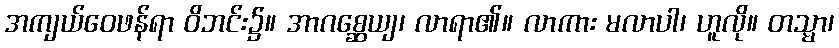
အကျယ်ဝေဖန်ရာ ဝိဘင်း၌။ အာဂစ္ဆေယျ၊ လာရာ၏။ လာကား မလာပါ၊ ဟူလို။ တသ္မာ၊